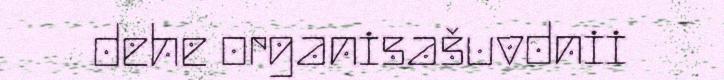
dehe organisašuvdnii